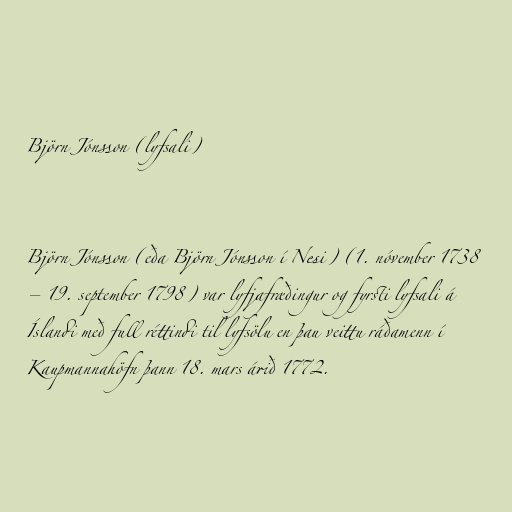
Björn Jónsson (lyfsali)

Björn Jónsson (eða Björn Jónsson í Nesi) (1. nóvember 1738
– 19. september 1798) var lyfjafræðingur og fyrsti lyfsali á
Íslandi með full réttindi til lyfsölu en þau veittu ráðamenn í
Kaupmannahöfn þann 18. mars árið 1772.